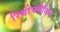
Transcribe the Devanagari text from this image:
रिबोफ्लैविन